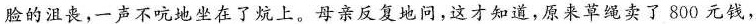
脸的沮丧，一声不吭地坐在了炕上。母亲反复地问，这才知道，原来草绳卖了800元钱，